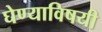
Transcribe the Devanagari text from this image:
घेण्‍याविषयी